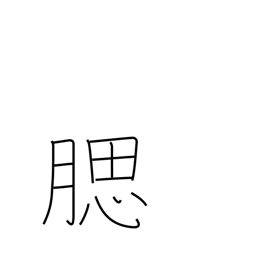
Meaning: jaw